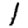
Digit: 1